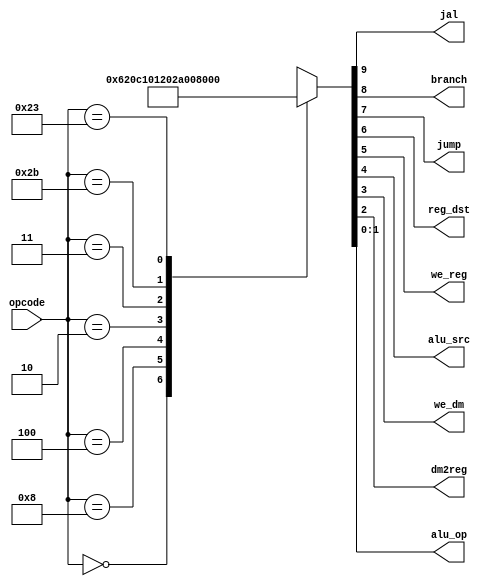
module maindec (
        input  wire [5:0] opcode,
        output wire       jal,
        output wire       branch,
        output wire       jump,
        output wire       reg_dst,
        output wire       we_reg,
        output wire       alu_src,
        output wire       we_dm,
        output wire       dm2reg,
        output wire [1:0] alu_op
    );

    reg [9:0] ctrl;

    assign {jal, branch, jump, reg_dst, we_reg, alu_src, we_dm, dm2reg, alu_op} = ctrl;

    always @ (opcode) begin
        case (opcode)
            6'b00_0000: ctrl = 'b0_0_0_1_1_0_0_0_10; // R-type
            6'b00_1000: ctrl = 'b0_0_0_0_1_1_0_0_00; // ADDI
            6'b00_0100: ctrl = 'b0_1_0_0_0_0_0_0_01; // BEQ
            6'b00_0010: ctrl = 'b0_0_1_0_0_0_0_0_00; // J
            6'b00_0011: ctrl = 'b1_0_1_0_1_0_0_0_00; // JAL
            6'b10_1011: ctrl = 'b0_0_0_0_0_1_1_0_00; // SW
            6'b10_0011: ctrl = 'b0_0_0_0_1_1_0_1_00; // LW
            default:    ctrl = 'bx_x_x_x_x_x_x_x_xx;
        endcase
    end

endmodule